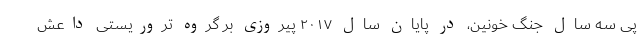
پی سه سال جنگ خونین، در پایان سال ۲۰۱۷ پیروزی بر گروه تروریستی داعش